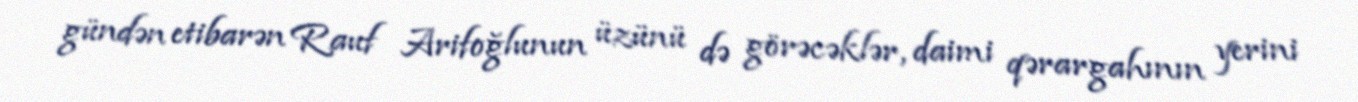
gündən etibarən Rauf Arifoğlunun üzünü də görəcəklər, daimi qərargahının yerini